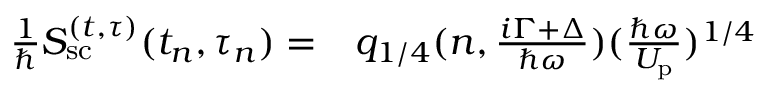
\begin{array} { r l } { \frac { 1 } { \hbar } S _ { \mathrm { s c } } ^ { ( t , \tau ) } ( t _ { n } , \tau _ { n } ) = } & { { } q _ { 1 / 4 } ( n , \frac { i \Gamma + \Delta } { \hbar \omega } ) ( \frac { \hbar \omega } { U _ { \mathrm { p } } } ) ^ { 1 / 4 } } \end{array}